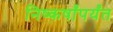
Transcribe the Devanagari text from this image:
निष्कर्षांपर्यंत